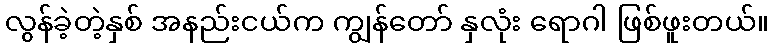
လွန်ခဲ့တဲ့နှစ် အနည်းငယ်က ကျွန်တော် နှလုံး ရောဂါ ဖြစ်ဖူးတယ်။